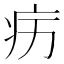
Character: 𱱉